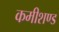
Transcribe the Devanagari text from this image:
कमीशण्ड